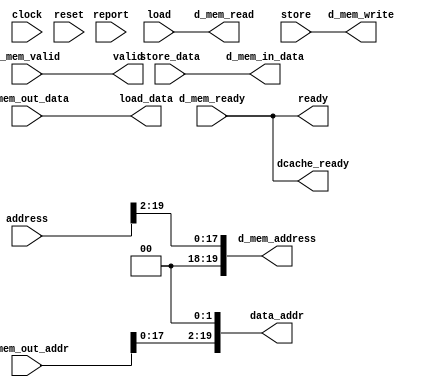
/** @module : memory
 *  @author : Adaptive & Secure Computing Systems (ASCS) Laboratory

 *  Copyright (c) 2018 BRISC-V (ASCS/ECE/BU)
 *  Permission is hereby granted, free of charge, to any person obtaining a copy
 *  of this software and associated documentation files (the "Software"), to deal
 *  in the Software without restriction, including without limitation the rights
 *  to use, copy, modify, merge, publish, distribute, sublicense, and/or sell
 *  copies of the Software, and to permit persons to whom the Software is
 *  furnished to do so, subject to the following conditions:
 *  The above copyright notice and this permission notice shall be included in
 *  all copies or substantial portions of the Software.

 *  THE SOFTWARE IS PROVIDED "AS IS", WITHOUT WARRANTY OF ANY KIND, EXPRESS OR
 *  IMPLIED, INCLUDING BUT NOT LIMITED TO THE WARRANTIES OF MERCHANTABILITY,
 *  FITNESS FOR A PARTICULAR PURPOSE AND NONINFRINGEMENT. IN NO EVENT SHALL THE
 *  AUTHORS OR COPYRIGHT HOLDERS BE LIABLE FOR ANY CLAIM, DAMAGES OR OTHER
 *  LIABILITY, WHETHER IN AN ACTION OF CONTRACT, TORT OR OTHERWISE, ARISING FROM,
 *  OUT OF OR IN CONNECTION WITH THE SOFTWARE OR THE USE OR OTHER DEALINGS IN
 *  THE SOFTWARE.
 */

module memory_unit #(
  parameter CORE = 0,
  parameter DATA_WIDTH = 32,
  parameter INDEX_BITS = 6,
  parameter OFFSET_BITS = 3,
  parameter ADDRESS_BITS = 20,
  parameter PRINT_CYCLES_MIN = 1,
  parameter PRINT_CYCLES_MAX = 1000
) (
  input clock,
  input reset,

  // Connections from previous (Execute) pipeline stage
  input load,
  input store,
  input [ADDRESS_BITS-1:0] address,
  input [DATA_WIDTH-1:0] store_data,

  // Connections to next (Writeback) pipeline stage
  output [ADDRESS_BITS-1:0] data_addr,
  output [DATA_WIDTH-1:0] load_data,
  output valid,
  output ready,
  output dcache_ready,

  // Data Memory Interface
  input [ADDRESS_BITS-1:0] d_mem_out_addr,
  input [DATA_WIDTH-1:0]   d_mem_out_data,
  input d_mem_valid,
  input d_mem_ready,

  output [ADDRESS_BITS-1:0] d_mem_address,
  output [DATA_WIDTH-1:0]   d_mem_in_data,
  output d_mem_read,
  output d_mem_write,

  input report
);

// Connect Pipeline Inputs/Ouputs to Data Memory Interface
assign load_data     = d_mem_out_data;
assign data_addr     = d_mem_out_addr << 2;
assign valid         = d_mem_valid;
assign ready         = d_mem_ready;
assign d_mem_address = address >> 2;
assign d_mem_in_data = store_data;
assign d_mem_read    = load;
assign d_mem_write   = store;
assign dcache_ready  = d_mem_ready;

reg [31: 0] cycles;
always @ (posedge clock) begin
  cycles <= reset? 0 : cycles + 1;
  //if (report & ((cycles >=  PRINT_CYCLES_MIN) & (cycles < PRINT_CYCLES_MAX +1)))begin
  if (report)begin
    $display ("------ Core %d Memory Unit - Current Cycle %d -------", CORE, cycles);
    $display ("| Address     [%h]", address);
    $display ("| Load        [%b]", load);
    $display ("| Data Address[%h]", data_addr);
    $display ("| Load Data   [%h]", load_data);
    $display ("| Store       [%b]", store);
    $display ("| Store Data  [%h]", store_data);
    $display ("| Ready       [%b]", ready);
    $display ("| Valid       [%b]", valid);
    $display ("----------------------------------------------------------------------");
  end
end

endmodule